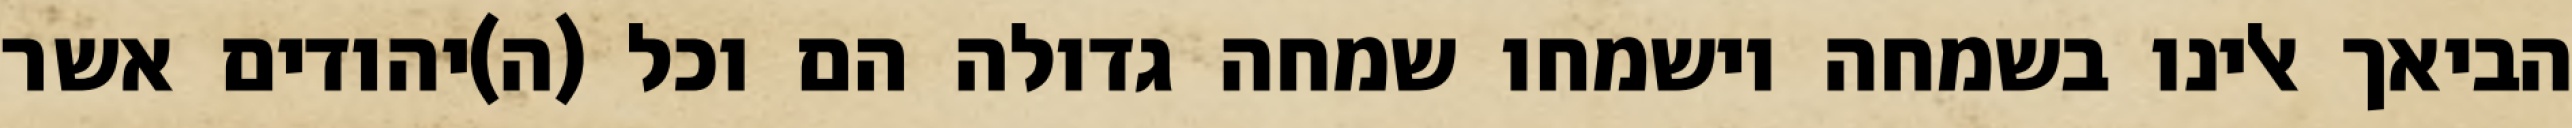
הביאך אלינו בשמחה וישמחו שמחה גדולה הם וכל (ה)יהודים אשר